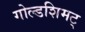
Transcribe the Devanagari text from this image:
गोल्डशिमट्